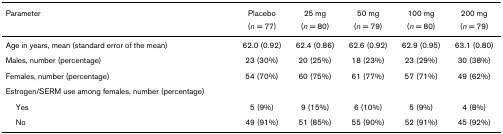
<table><thead><tr><td><b>Parameter</b></td><td><b>Placebo</b></td><td><b>25 mg</b></td><td><b>50 mg</b></td><td><b>100 mg</b></td><td><b>200 mg</b></td></tr><tr><td></td><td><b>(<i>n </i>= 77)</b></td><td><b>(<i>n </i>= 80)</b></td><td><b>(<i>n </i>= 79)</b></td><td><b>(<i>n </i>= 80)</b></td><td><b>(<i>n </i>= 79)</b></td></tr></thead><tbody><tr><td>Age in years, mean (standard error of the mean)</td><td>62.0 (0.92)</td><td>62.4 (0.86)</td><td>62.6 (0.92)</td><td>62.9 (0.95)</td><td>63.1 (0.80)</td></tr><tr><td>Males, number (percentage)</td><td>23 (30%)</td><td>20 (25%)</td><td>18 (23%)</td><td>23 (29%)</td><td>30 (38%)</td></tr><tr><td>Females, number (percentage)</td><td>54 (70%)</td><td>60 (75%)</td><td>61 (77%)</td><td>57 (71%)</td><td>49 (62%)</td></tr><tr><td>Estrogen/SERM use among females, number (percentage)</td><td></td><td></td><td></td><td></td><td></td></tr><tr><td> Yes</td><td>5 (9%)</td><td>9 (15%)</td><td>6 (10%)</td><td>5 (9%)</td><td>4 (8%)</td></tr><tr><td> No</td><td>49 (91%)</td><td>51 (85%)</td><td>55 (90%)</td><td>52 (91%)</td><td>45 (92%)</td></tr></tbody></table>